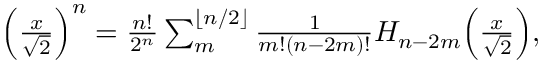
\begin{array} { r } { \Big ( \frac { x } { \sqrt 2 } \Big ) ^ { n } = \frac { n ! } { 2 ^ { n } } \sum _ { m } ^ { \lfloor n / 2 \rfloor } \frac { 1 } { m ! ( n - 2 m ) ! } H _ { n - 2 m } \Big ( \frac { x } { \sqrt 2 } \Big ) , } \end{array}